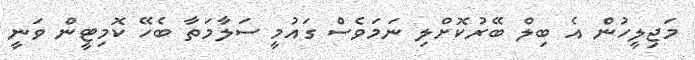
މަޖިލީހުން އެ ބިލް ބޭރުކޮށްލި ނަމަވެސް ގައުމީ ސަލާމަތާ ބެހޭ ކޮމިޓީން ވަނީ